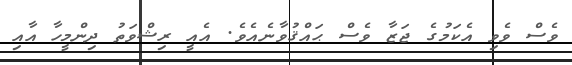
ވެސް ވެވި އެކަމުގެ ޖަޒާ ވެސް ޙައްޤުވާނެއެވެ. އެއީ ރިޝްވަތު ދިންމީހާ އާއި